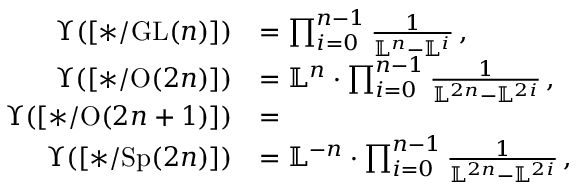
\begin{array} { r l } { \Upsilon ( [ * / \mathrm { G L } ( n ) ] ) } & { = \prod _ { i = 0 } ^ { n - 1 } \frac { 1 } { \mathbb { L } ^ { n } - \mathbb { L } ^ { i } } \, , } \\ { \Upsilon ( [ * / \mathrm { O } ( 2 n ) ] ) } & { = \mathbb { L } ^ { n } \cdot \prod _ { i = 0 } ^ { n - 1 } \frac { 1 } { \mathbb { L } ^ { 2 n } - \mathbb { L } ^ { 2 i } } \, , } \\ { \Upsilon ( [ * / \mathrm { O } ( 2 n + 1 ) ] ) } & { = } \\ { \Upsilon ( [ * / \mathrm { S p } ( 2 n ) ] ) } & { = \mathbb { L } ^ { - n } \cdot \prod _ { i = 0 } ^ { n - 1 } \frac { 1 } { \mathbb { L } ^ { 2 n } - \mathbb { L } ^ { 2 i } } \, , } \end{array}